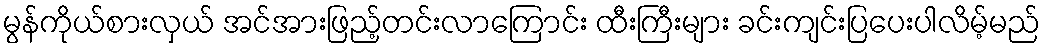
မွန်ကိုယ်စားလှယ် အင်အားဖြည့်တင်းလာကြောင်း ထီးကြီးများ ခင်းကျင်းပြပေးပါလိမ့်မည်